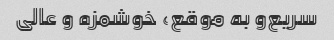
سریع‌و به موقع، خوشمزه و عالی